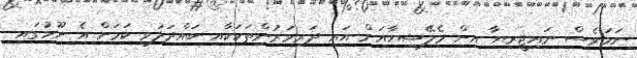
ނަމަވެސް ނައިޖީރިޔާ އިން މެލޭޝިޔާއަށް އައި ދަރިވަރުންތަކަކާއި ބައްދަލުވި ކަމަށް އެ ނޫހުގައި